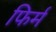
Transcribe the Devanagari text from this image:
फिर्म